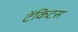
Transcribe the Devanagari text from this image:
टॅकिटस